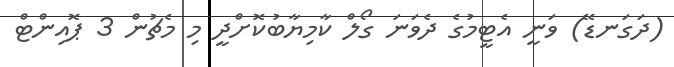
(ދަގަނޑޭ) ވަނީ އެޓީމުގެ ދެވަނަ ގޯލް ކާމިޔާބުކޮށްދީ މި މެޗުން 3 ޕޮއިންޓް